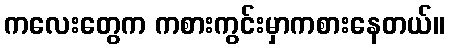
ကလေးတွေက ကစားကွင်းမှာကစားနေတယ်။